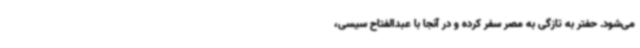
می‌شود. حفتر به تازگی به مصر سفر کرده و در آنجا با عبدالفتاح سیسی،